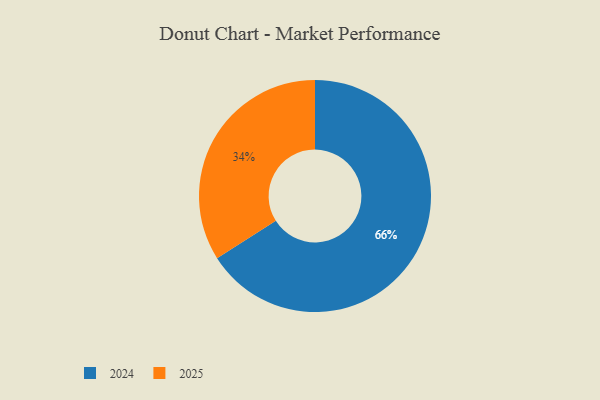
{"axis": {"x": "Category", "y": "Percentage"}, "legend": ["2024", "2025"], "data": [{"x": "2024", "y": 66, "type": "2024"}, {"x": "2025", "y": 34, "type": "2025"}]}